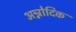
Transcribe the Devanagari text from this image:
अन्नोदिक